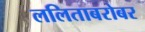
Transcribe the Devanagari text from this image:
ललिताबरोबर